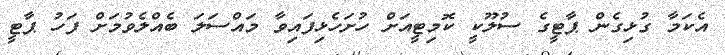
އެކަމާ ގުޅިގެން ޕާޓީގެ ސުލޫކީ ކޮމިޓީއަށް ހުށަހެޅިފައިވާ މައްސަލަ ބެއްލެވުމަށް ފަހު ޕާޓީ